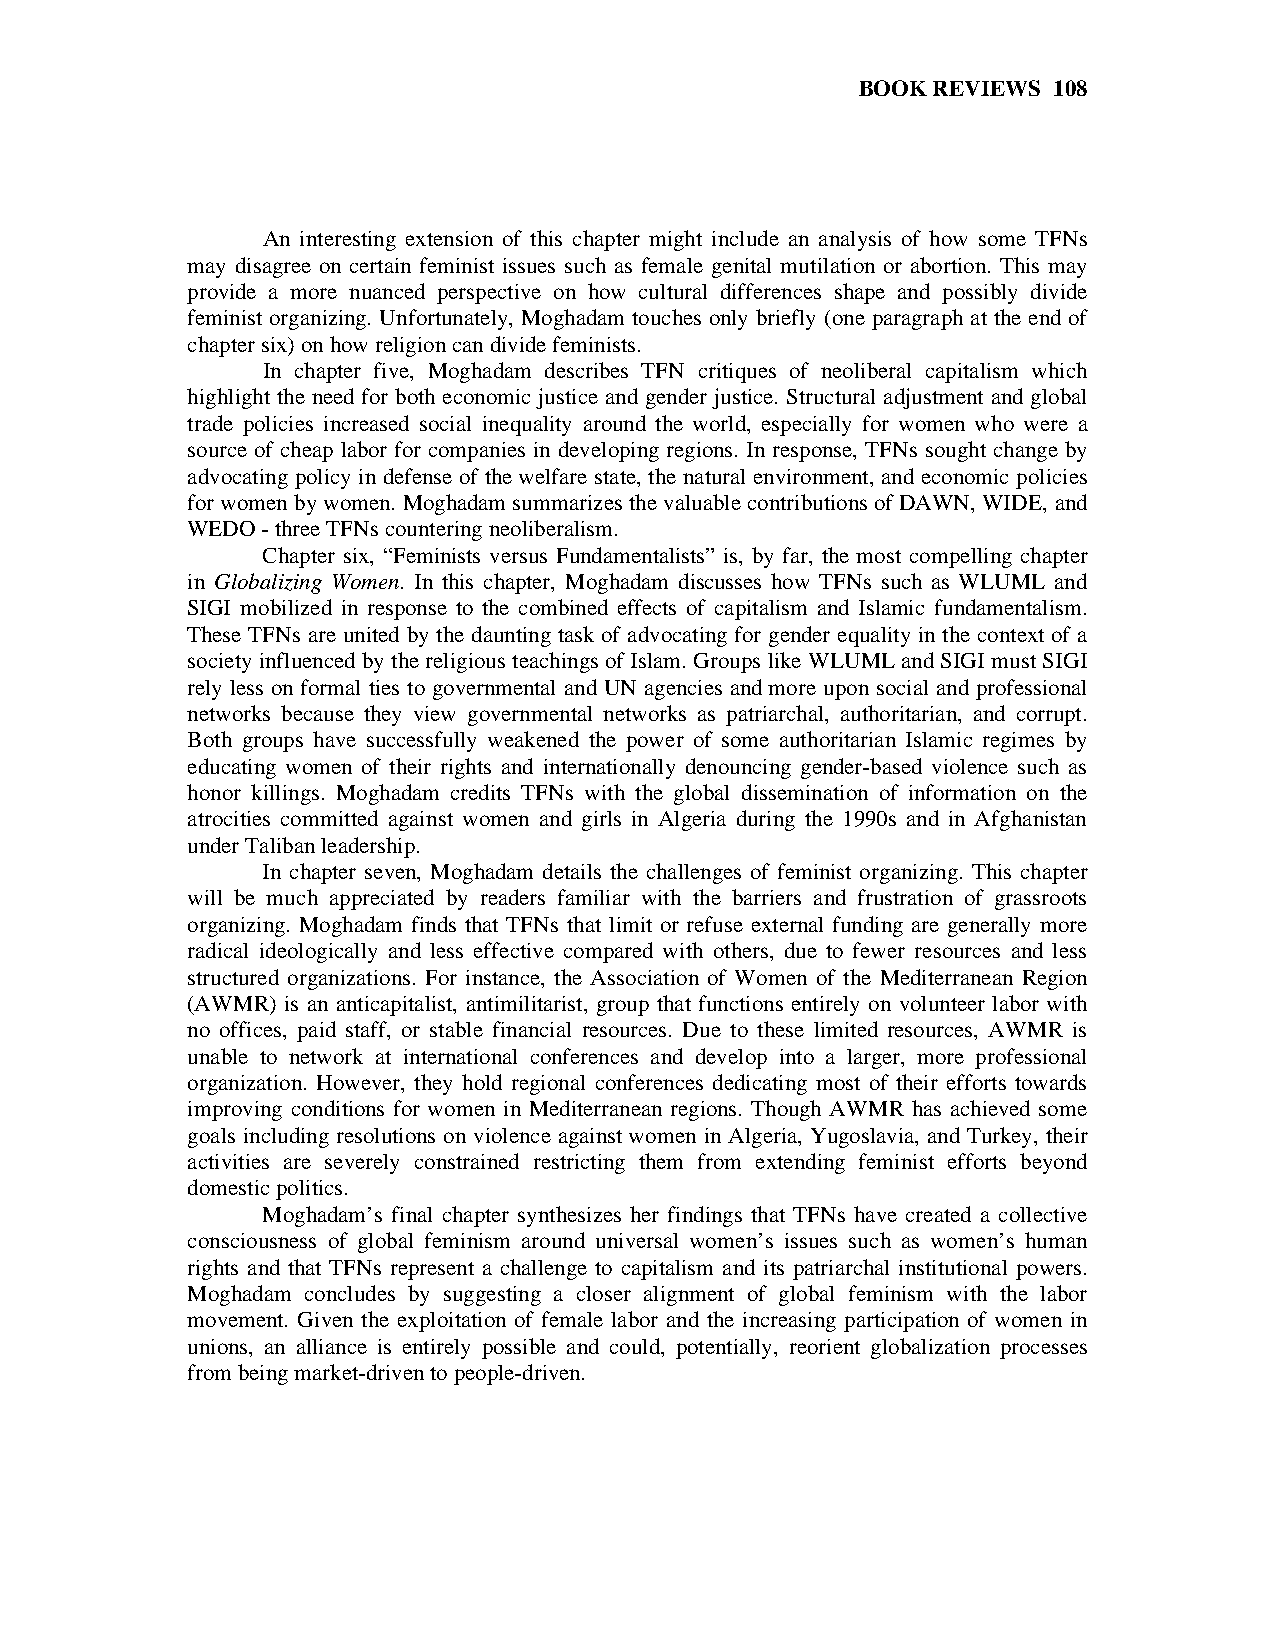
BOOK REVIEWS 108
 An interesting extension of this chapter might include an analysis of how some TFNs
 may disagree on certain feminist issues such as female genital mutilation or abortion. This may
 provide a more nuanced perspective on how cultural differences shape and possibly divide
 feminist organizing. Unfortunately, Moghadam touches only briefly (one paragraph at the end of
 chapter six) on how religion can divide feminists.
 In chapter five, Moghadam describes TFN critiques of neoliberal capitalism which
 highlight the need for both economic justice and gender justice. Structural adjustment and global
 trade policies increased social inequality around the world, especially for women who were a
 source of cheap labor for companies in developing regions. In response, TFNs sought change by
 advocating policy in defense of the welfare state, the natural environment, and economic policies
 for women by women. Moghadam summarizes the valuable contributions of DAWN, WIDE, and
 WEDO - three TFNs countering neoliberalism.
 Chapter six, “Feminists versus Fundamentalists” is, by far, the most compelling chapter
 in Globalizing Women. In this chapter, Moghadam discusses how TFNs such as WLUML and
 SIGI mobilized in response to the combined effects of capitalism and Islamic fundamentalism.
 These TFNs are united by the daunting task of advocating for gender equality in the context of a
 society influenced by the religious teachings of Islam. Groups like WLUML and SIGI must SIGI
 rely less on formal ties to governmental and UN agencies and more upon social and professional
 networks because they view governmental networks as patriarchal, authoritarian, and corrupt.
 Both groups have successfully weakened the power of some authoritarian Islamic regimes by
 educating women of their rights and internationally denouncing gender-based violence such as
 honor killings. Moghadam credits TFNs with the global dissemination of information on the
 atrocities committed against women and girls in Algeria during the 1990s and in Afghanistan
 under Taliban leadership.
 In chapter seven, Moghadam details the challenges of feminist organizing. This chapter
 will be much appreciated by readers familiar with the barriers and frustration of grassroots
 organizing. Moghadam finds that TFNs that limit or refuse external funding are generally more
 radical ideologically and less effective compared with others, due to fewer resources and less
 structured organizations. For instance, the Association of Women of the Mediterranean Region
 (AWMR) is an anticapitalist, antimilitarist, group that functions entirely on volunteer labor with
 no offices, paid staff, or stable financial resources. Due to these limited resources, AWMR is
 unable to network at international conferences and develop into a larger, more professional
 organization. However, they hold regional conferences dedicating most of their efforts towards
 improving conditions for women in Mediterranean regions. Though AWMR has achieved some
 goals including resolutions on violence against women in Algeria, Yugoslavia, and Turkey, their
 activities are severely constrained restricting them from extending feminist efforts beyond
 domestic politics.
 Moghadam’s final chapter synthesizes her findings that TFNs have created a collective
 consciousness of global feminism around universal women’s issues such as women’s human
 rights and that TFNs represent a challenge to capitalism and its patriarchal institutional powers.
 Moghadam concludes by suggesting a closer alignment of global feminism with the labor
 movement. Given the exploitation of female labor and the increasing participation of women in
 unions, an alliance is entirely possible and could, potentially, reorient globalization processes
 from being market-driven to people-driven.